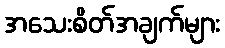
အသေးစိတ်အချက်များ